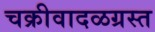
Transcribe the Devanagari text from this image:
चक्रीवादळग्रस्त